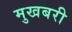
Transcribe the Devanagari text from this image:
मुखबरी